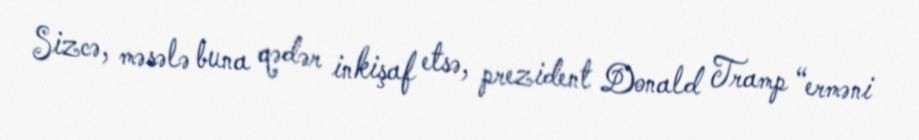
Sizcə, məsələ buna qədər inkişaf etsə, prezident Donald Tramp “erməni